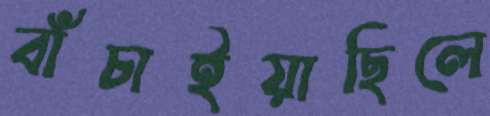
বাঁচাইয়াছিলে